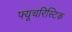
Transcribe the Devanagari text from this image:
फ्यूचरिस्टिक